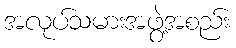
အလုပ်သမားအဖွဲ့အစည်း